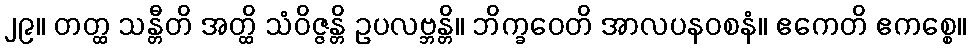
၂၉။ တတ္ထ သန္တီတိ အတ္ထိ သံဝိဇ္ဇန္တိ ဥပလဗ္ဘန္တိ။ ဘိက္ခဝေတိ အာလပနဝစနံ။ ဧကေတိ ဧကစ္စေ။